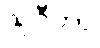
သုဂီတာ